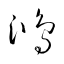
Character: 鴻